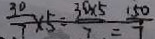
\frac { 3 0 } { 7 } \times 5 = \frac { 3 9 \times 5 } { 7 } = \frac { 1 5 0 } { 7 }